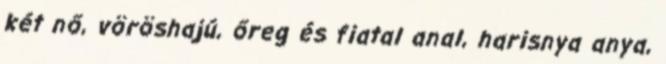
két nő, vöröshajú, őreg és fiatal anal, harisnya anya,